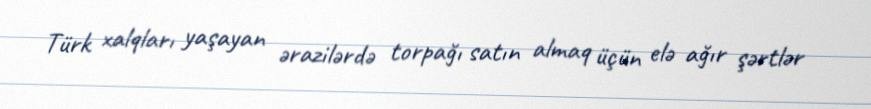
Türk xalqları yaşayan ərazilərdə torpağı satın almaq üçün elə ağır şərtlər